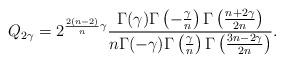
LaTeX: \begin{align*}Q_{2\gamma} = 2^{\frac{2(n-2)}{n}\gamma} \frac{\Gamma(\gamma)\Gamma\left(-\frac{\gamma}{n}\right)\Gamma\left(\frac{n+2\gamma}{2n}\right)}{n\Gamma(-\gamma)\Gamma\left(\frac{\gamma}{n}\right)\Gamma\left(\frac{3n-2\gamma}{2n}\right)} .\end{align*}